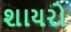
શાયરો